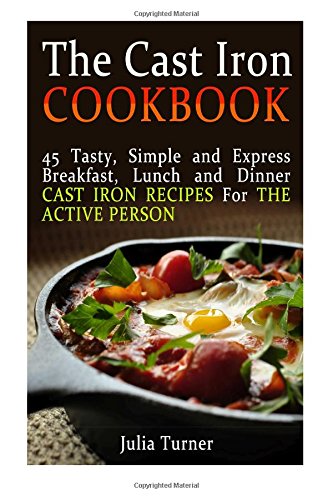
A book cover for The Cast Iron Cookbook: 45 Tasty, Simple and Express Breakfast, Lunch and Dinner Cast Iron Recipes For the Active Person (The Cast Iron Cookbook, the ... for beginners, the cast iron way to cook); Julia Turner; Cookbooks, Food & Wine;